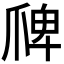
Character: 𭶲